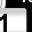
Digit: 1